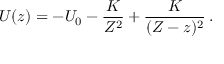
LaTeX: U ( z ) = - U _ { 0 } - { \frac { K } { { \cal Z } ^ { 2 } } } + { \frac { K } { ( { \cal Z } - z ) ^ { 2 } } } \, .